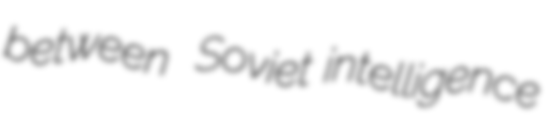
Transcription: between  Soviet intelligence